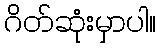
ဂိတ်ဆုံးမှာပါ။